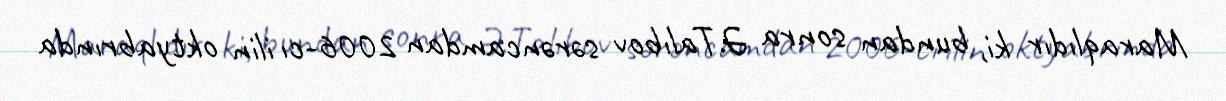
Maraqlıdır ki, bundan sonra Ə.Talıbov sərəncamdan 2006-cı ilin oktyabrında